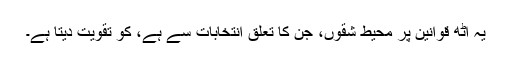
یہ آٹھ قوانین پر محیط شقوں، جن کا تعلق انتخابات سے ہے، کو تقویت دیتا ہے۔